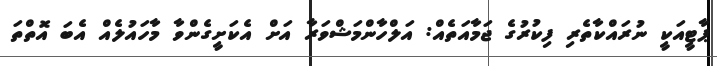
ޕާޓީއަކީ ނުރައްކާތެރި ފިކުރުގެ ޖަމާއަތެއް: އަލްހާންމަޝްވަރާ އަށް އެކަށީގެންވާ މާހައުލެއް އެބަ އޮތްތަ